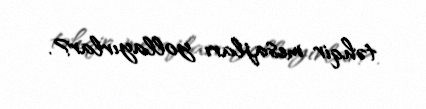
təhqir mesajları yollayırlar?.